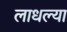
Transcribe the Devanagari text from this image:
लाधल्या